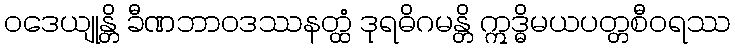
ဝဒေယျုန္တိ ခီဏဘာဝဒဿနတ္ထံ ဒုရဓိဂမန္တိ ဣဒ္ဓိမယပတ္တစီဝရဿ